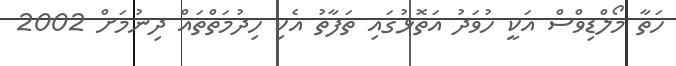
ހަތާ މޯލްޑިވްސް އަކީ ހުވަދު އަތޮޅުގައި ތަފާތު އެކި ހިދުމަތްތައް ދިނުމަށް 2002